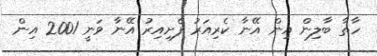
ހާތާ ބާލިން އިން އޭނާ ކެރިއަރު ފެށިއިރު އޭނާ ވަނީ 2001 އިން